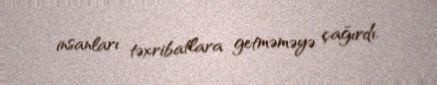
insanları təxribatlara getməməyə çağırdı.